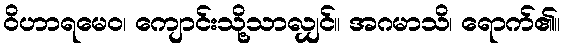
ဝိဟာရမေဝ၊ ကျောင်းသို့သာလျှင်။ အဂမာသိ၊ ရောက်၏။